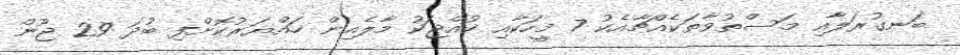
ބަނގުރަލާއި މަސްތުވާތަކެއްޗާއެކު 7 މީހަކާއި ކުއްޖަކު މާލެއިން ހައްޔަރުކޮށްފި ބުދަ 29 ޖޫން